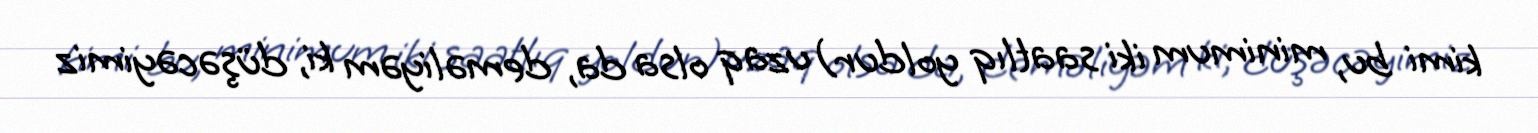
kimi bu, minimum iki saatlıq yoldur) uzaq olsa da, deməliyəm ki, düşəcəyimiz